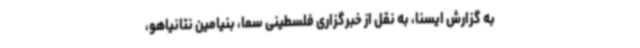
به گزارش ایسنا، به نقل از خبرگزاری فلسطینی سما، بنیامین نتانیاهو،